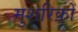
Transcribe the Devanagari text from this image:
मुशरिक़ों